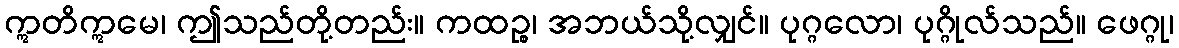
ဣတိဣမေ၊ ဤသည်တို့တည်း။ ကထဉ္စ၊ အဘယ်သို့လျှင်။ ပုဂ္ဂလော၊ ပုဂ္ဂိုလ်သည်။ ဖေဂ္ဂု၊